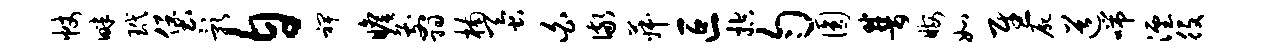
帐畔玳堡影自裨瞻翦楠蚕白儆菽叵控匀圆普晦如慰尸道喘湮役